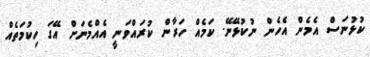
ކުޅުނަސް އެމެން އެހެން ނުކުޅޭނޭ. ކަމެއް ހަރާން ކުރައްވަނީ އެއްމެނަށް އޭގަ ހިކުމަތެއް